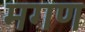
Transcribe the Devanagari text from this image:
मगण